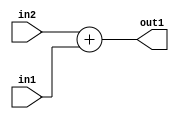
`timescale 1ps / 1ps
/*****************************************************************************
    Verilog RTL Description
    
    
    Created by: Stratus DpOpt 21.05.01 
*******************************************************************************/

module SobelFilter_Add_32Ux8U_32U_4 (
	in2,
	in1,
	out1
	); /* architecture "behavioural" */ 
input [31:0] in2;
input [7:0] in1;
output [31:0] out1;
wire [31:0] asc001;

assign asc001 = 
	+(in2)
	+(in1);

assign out1 = asc001;
endmodule

/* CADENCE  ubL1Qwo= : u9/ySxbfrwZIxEzHVQQV8Q== ** DO NOT EDIT THIS LINE ******/